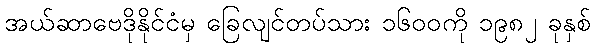
အယ်ဆာဗေဒိုနိုင်ငံမှ ခြေလျင်တပ်သား ၁၆၀၀ကို ၁၉၈၂ ခုနှစ်